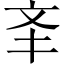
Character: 㪯